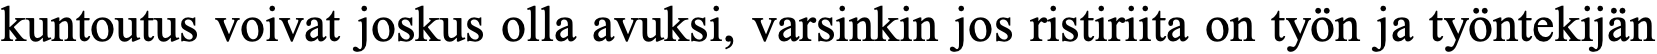
kuntoutus voivat joskus olla avuksi, varsinkin jos ristiriita on työn ja työntekijän